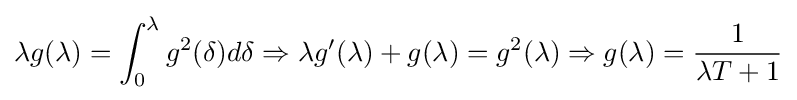
\lambda g(\lambda )=\int _{0}^{\lambda }g^{2}(\delta )d\delta \Rightarrow \lambda g'(\lambda )+g(\lambda )=g^{2}(\lambda )\Rightarrow g(\lambda )={\dfrac {1}{\lambda T+1}}